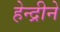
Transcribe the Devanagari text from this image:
हेन्द्रीने